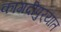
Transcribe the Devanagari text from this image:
कागदीपुर्‍यात